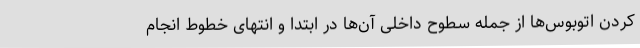
کردن اتوبوس‌ها از جمله سطوح داخلی آن‌ها در ابتدا و انتهای خطوط انجام